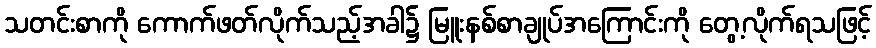
သတင်းစာကို ကောက်ဖတ်လိုက်သည့်အခါ၌ မြူးနစ်စာချုပ်အကြောင်းကို တွေ့လိုက်ရသဖြင့်